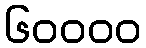
၆၀၀၀၀